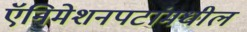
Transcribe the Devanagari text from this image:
ऍनिमेशनपटांमधील